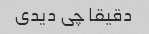
دقیقا چی دیدی